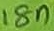
Text: 18n